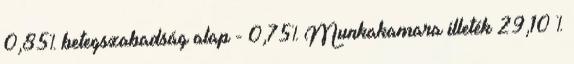
0,85% betegszabadság alap - 0,75% Munkakamara illeték 29,10 %